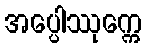
အပ္ပေါဿုက္ကေ